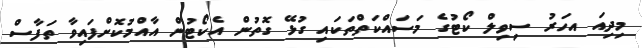
މިދިއަ އހަަރު ސިވިލް ކޯޓުގެ މަސައްކަތްތަކައި ގުޅޭ ގޮތުން އެކޯޓުން އާއްމުކޮށްފައިވާ ތަފާސް